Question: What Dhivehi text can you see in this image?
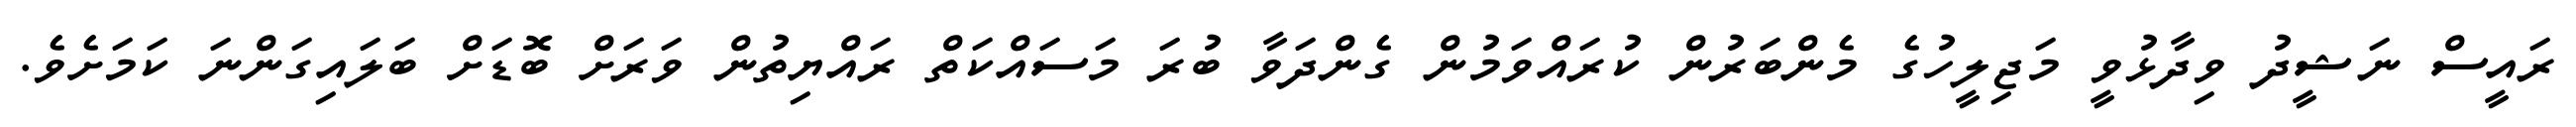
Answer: ރައީސް ނަޝީދު ވިދާޅުވީ މަޖިލީހުގެ މެންބަރުން ކުރައްވަމުން ގެންދަވާ ބުރަ މަސައްކަތް ރައްޔިތުން ވަރަށް ބޮޑަށް ބަލައިގަންނަ ކަމަށެވެ.